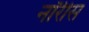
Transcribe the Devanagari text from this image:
नॉरीस